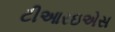
ટીઆરઇએસ